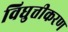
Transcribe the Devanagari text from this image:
विघुत्तीकरण